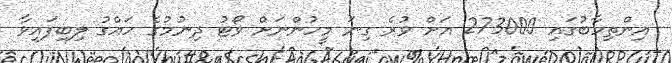
އިންތިހާބުގައި 273000 އަށް ވުރެ ގިނަ މީހުންނަށް ވޯޓު ދިނުމުގެ ހައްގު ލިބިފައިވާ